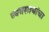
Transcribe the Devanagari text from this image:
व्यवसायांचा